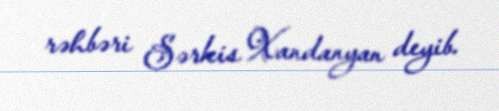
rəhbəri Sərkis Xandanyan deyib.